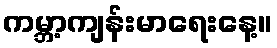
ကမ္ဘာ့ကျန်းမာရေးနေ့။